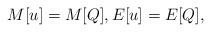
LaTeX: \begin{align*}M[u]= M[Q], E[u] = E[Q],\end{align*}